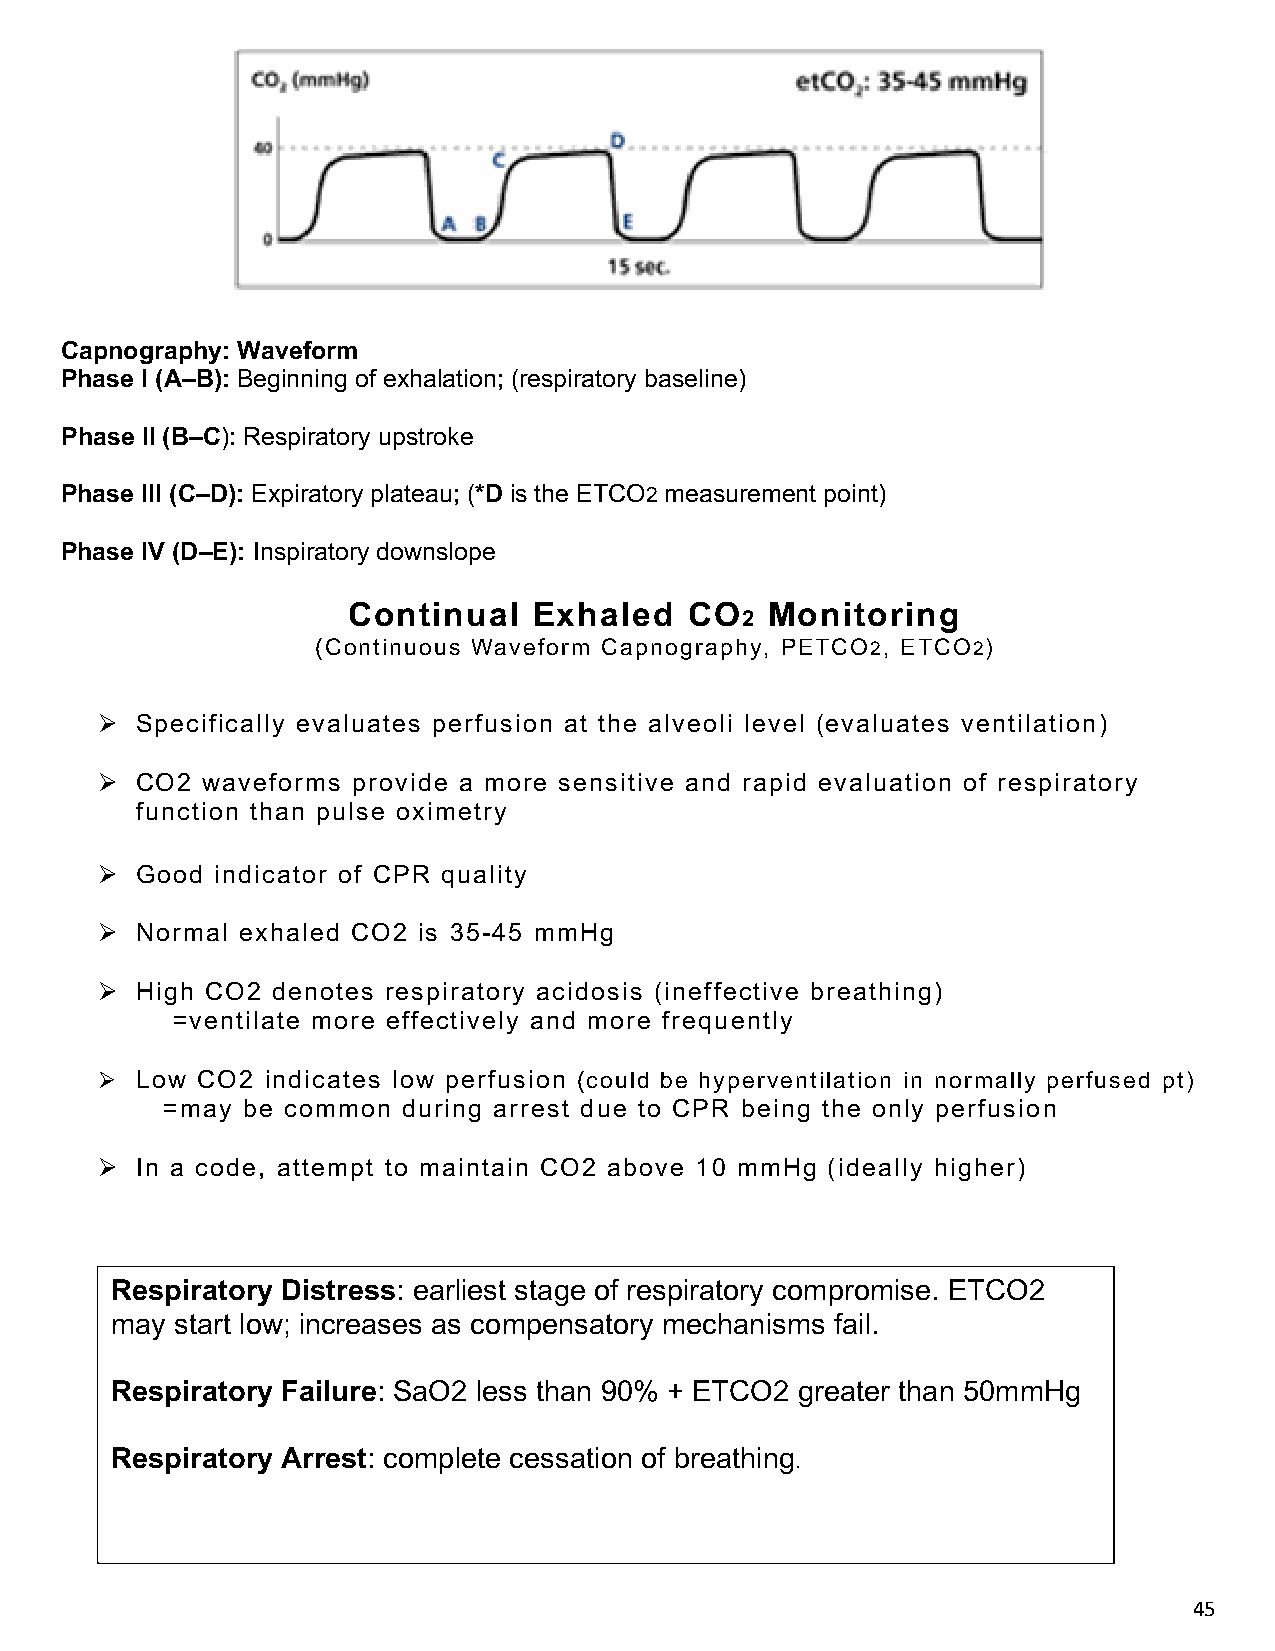
Capnography: Waveform
 Phase I (A–B): Beginning of exhalation; (respiratory baseline)
 Phase II (B–C): Respiratory upstroke
 Phase III (C–D): Expiratory plateau; (*D is the ETCO2 measurement point)
 Phase IV (D–E): Inspiratory downslope
 Continual   Exhaled    CO   Monitoring
 2
 (Continuous Waveform Capnography, PETCO2, ETCO2)
 Ø Specifically evaluates perfusion at the alveoli level (evaluates ventilation)
 Ø CO2 waveforms provide a more sensitive and rapid evaluation of respiratory
 function than pulse oximetry
 Ø Good indicator of CPR quality
 Ø Normal exhaled CO2 is 35-45 mmHg
 Ø High CO2 denotes respiratory acidosis (ineffective breathing)
 =ventilate more effectively and more frequently
 Ø Low CO2  indicates low perfusion (could be hyperventilation in normally perfused pt)
 =may be common  during arrest due to CPR being the only perfusion
 Ø In a code, attempt to maintain CO2 above 10 mmHg (ideally higher)
 Respiratory Distress: earliest stage of respiratory compromise. ETCO2
 may  start low; increases as compensatory mechanisms fail.
 Respiratory Failure: SaO2 less than 90% + ETCO2 greater than 50mmHg
 Respiratory Arrest: complete cessation of breathing.
 45